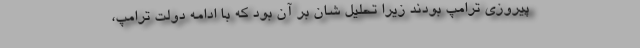
پیروزی ترامپ بودند زیرا تحلیل شان بر آن بود که با ادامه دولت ترامپ،